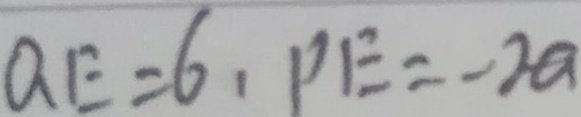
Q E = 6 , P E = - 2 a